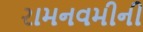
રામનવમીની